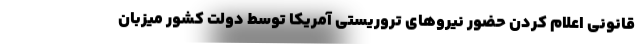
قانونی اعلام کردن حضور نیروهای تروریستی آمریکا توسط دولت کشور میزبان